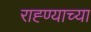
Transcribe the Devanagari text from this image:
राह्ण्याच्या